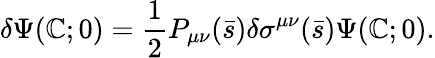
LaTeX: \delta\Psi(\mathbb{C};0)={\frac{{1}}{{2}}}P_{\mu\nu}(\bar{{s}})\delta\sigma^{\mu\nu}(\bar{{s}})\Psi(\mathbb{C};0).